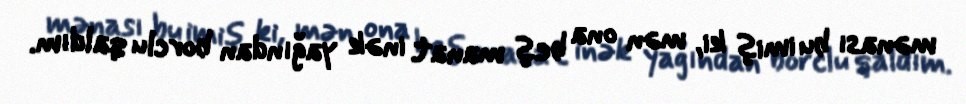
mənası bu imiş ki, mən ona beş manat inək yağından borclu qaldım.